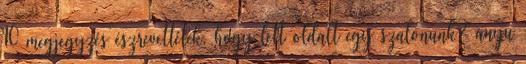
10 megjegyzés észrevettétek, hogy lett oldalt egy szalonunk? anyu